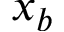
x _ { b }